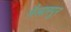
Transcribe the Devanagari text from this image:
मैलारपुर